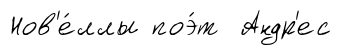
Нов'е́ллы поэ́т Андр'ес